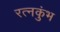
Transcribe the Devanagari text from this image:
रत्नकुंभ